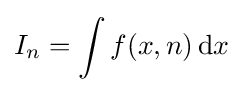
I_{n}=\int f(x,n)\,{\text{d}}x